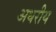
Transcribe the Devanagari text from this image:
अधरीय